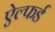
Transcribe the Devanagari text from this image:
ऐल्फर्ड